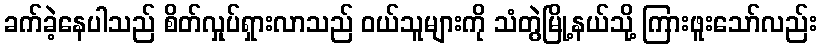
ခက်ခဲ့နေပါသည် စိတ်လှုပ်ရှားလာသည် ဝယ်သူများကို သံတွဲမြို့နယ်သို့ ကြားဖူးသော်လည်း